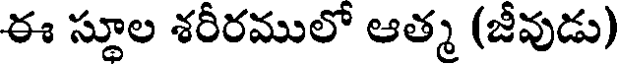
ఈ స్థూల శరీరములో ఆత్మ (జీవుడు)